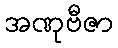
အဏုဗီဇာ